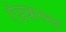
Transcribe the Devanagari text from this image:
ऐडवानस्ड